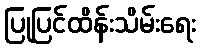
ပြုပြင်ထိန်းသိမ်းရေး